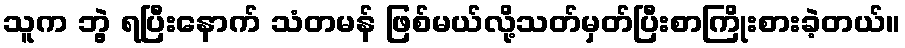
သူက ဘွဲ့ ရပြီးနောက် သံတမန် ဖြစ်မယ်လို့သတ်မှတ်ပြီးစာကြိုးစားခဲ့တယ်။